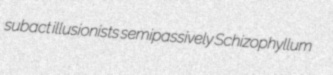
subact illusionists semipassively Schizophyllum